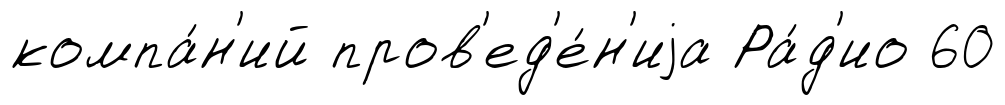
компа́н'ий пров'ед'е́н'иjа Ра́д'ио 60